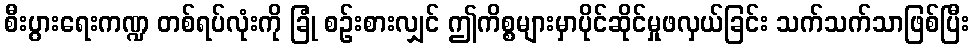
စီးပွားရေးကဏ္ဍ တစ်ရပ်လုံးကို ခြုံ စဉ်းစားလျှင် ဤကိစ္စများမှာပိုင်ဆိုင်မှုဖလှယ်ခြင်း သက်သက်သာဖြစ်ပြီး